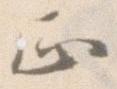
正